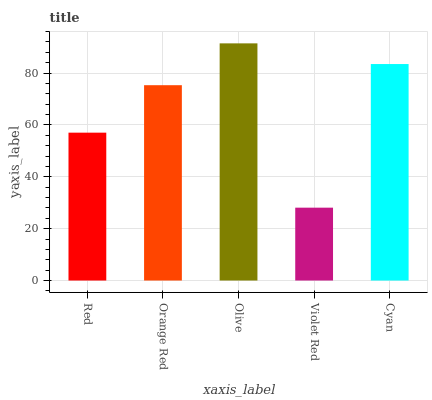
| xaxis_label | bars |
 | --- | --- |
 | Red | 57 |
 | Orange Red | 75.3 |
 | Olive | 91.5 |
 | Violet Red | 28.1 |
 | Cyan | 83.5 |